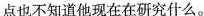
点也不知道他现在在研究什么.